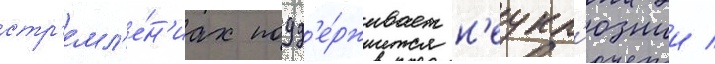
стр'емл'е́н'иах подд'е́рживает н'еукл'южии /